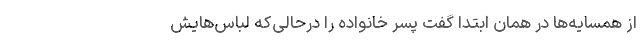
از همسایه‌ها در همان ابتدا گفت پسر خانواده را درحالی‌که لباس‌هایش